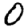
Digit: 0